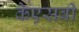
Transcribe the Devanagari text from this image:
केएसबी